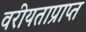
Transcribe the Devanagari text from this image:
वरीयताप्राप्त